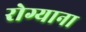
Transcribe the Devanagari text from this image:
रोग्याना